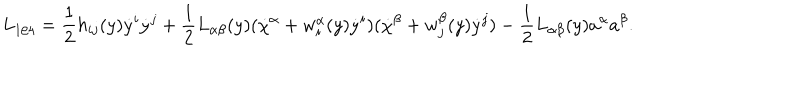
LaTeX: L _ { 1 / 4 } = \frac { 1 } { 2 } h _ { i j } ( y ) \dot { y } ^ { i } \dot { y } ^ { j } + \frac { 1 } { 2 } L _ { \alpha \beta } ( y ) ( \dot { \chi } ^ { \alpha } + w _ { i } ^ { \alpha } ( y ) \dot { y } ^ { i } ) ( \dot { \chi } ^ { \beta } + w _ { j } ^ { \beta } ( y ) \dot { y } ^ { j } ) - \frac { 1 } { 2 } L _ { \alpha \beta } ( y ) a ^ { \alpha } a ^ { \beta } .